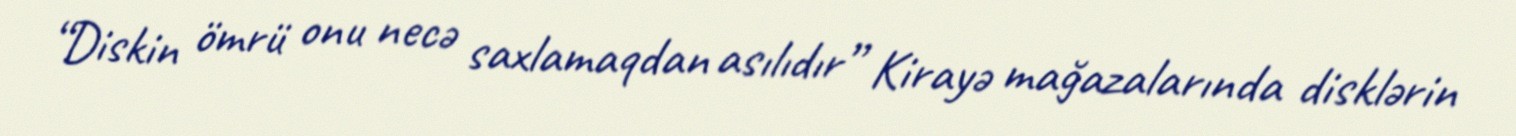
“Diskin ömrü onu necə saxlamaqdan asılıdır” Kirayə mağazalarında disklərin